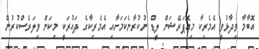
އޮބާމާ ވިދާޅުވީ އެމެރިކާ މިއޮޕަރޭޝަން ލީޑް ނުކުރާނެކަމަށާއި އެމެރިކާގެ ދައުރަކީ މިކަން ވިލަރެސްކުރުން